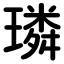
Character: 璘